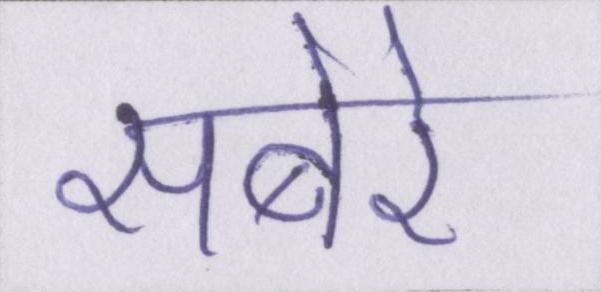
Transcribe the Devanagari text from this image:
सबेरे